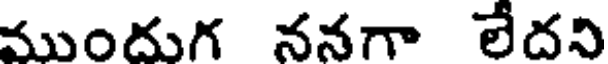
ముందుగ ననగా లేదని